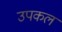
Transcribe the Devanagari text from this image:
उपकल